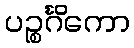
ပဉ္စင်္ဂိကော